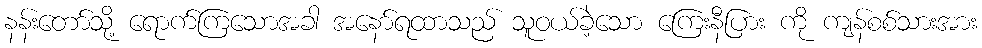
နန်းတော်သို့ ရောက်ကြသောအခါ အနော်ရထာသည် သူဝယ်ခဲ့သော ကြေးနီပြား ကို ကျန်စစ်သားအား